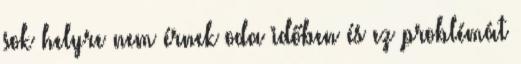
sok helyre nem érnek oda időben és ez problémát